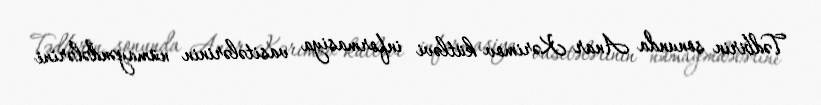
Tədbirin sonunda Anar Kərimov kütləvi informasiya vasitələrinin nümayəndələrini